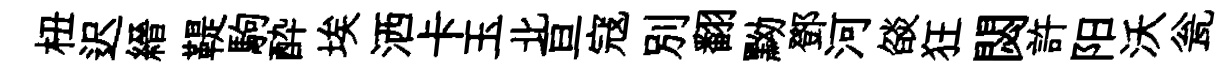
杻迟縉鞮駒酔埃洒卡玉北亘寇別翻黝鄧河燄狂閟許阳沃瓮